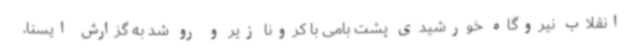
انقلاب نیروگاه خورشیدی پشت بامی با کرونا زیر و رو شد به گزارش ایسنا،